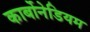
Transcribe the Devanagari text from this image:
कार्बोनेडियम